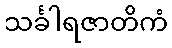
သင်္ခါရဇာတိကံ